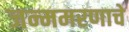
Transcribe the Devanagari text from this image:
जन्ममरणाचे